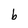
Character: b